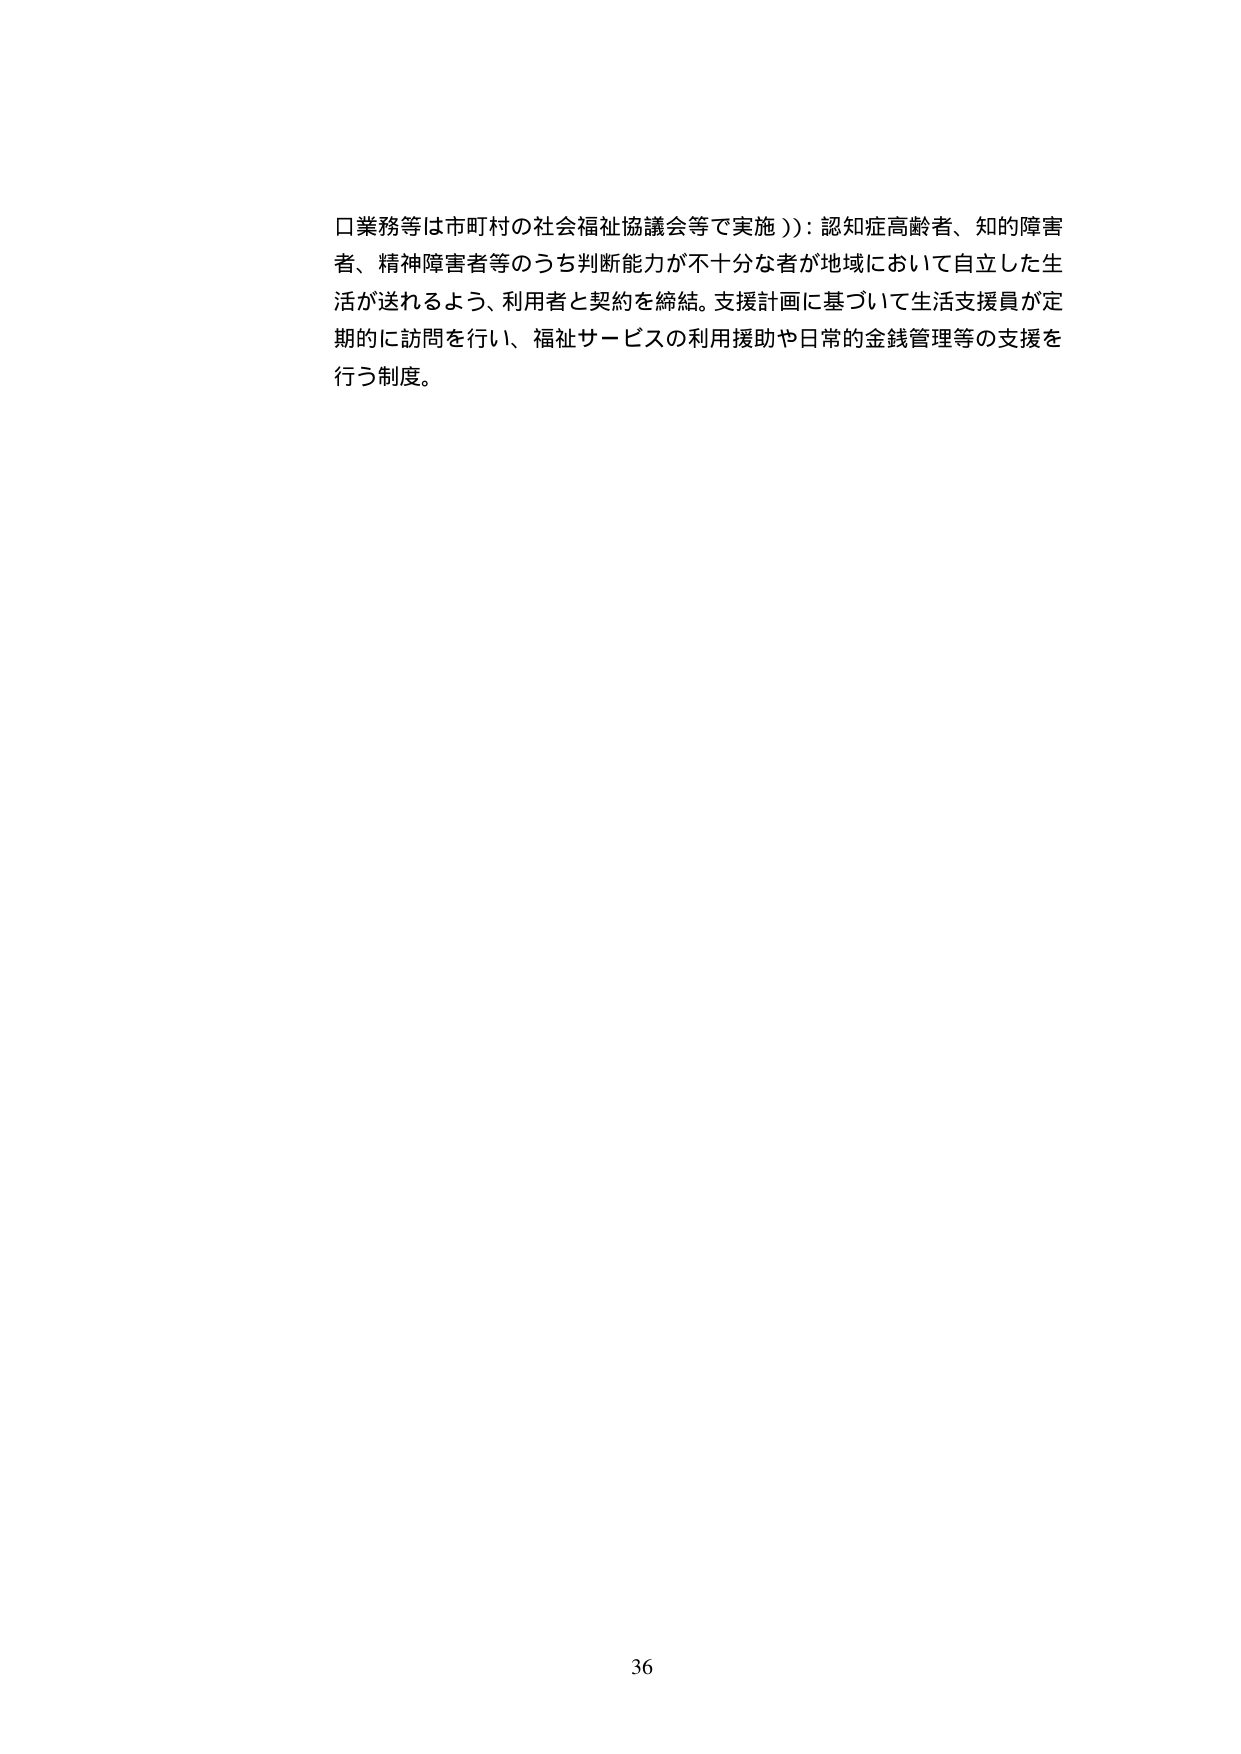
口業務等は市町村の社会福祉協議会等で実施））：認知症高齢者、知的障害者、精神障害者等のうち判断能力が不十分な者が地域において自立した生活が送れるよう、利用者と契約を締結。支援計画に基づいて生活支援員が定期的に訪問を行い、福祉サービスの利用援助や日常的金銭管理等の支援を行う制度。

36